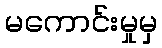
မကောင်းမှုမှ